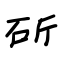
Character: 斫